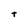
Character: t